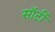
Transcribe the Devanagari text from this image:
साॅर्टी